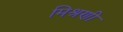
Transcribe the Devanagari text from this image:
मिश्रणी